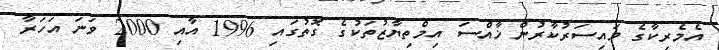
އެމެރިކާގެ މައިސަރުކާރުން ޚާއްސަ އިމްތިޔާޒުތަކުގެ ގޮތުގައި 1996 އާއި 2000 ވަނަ އަހަރާ